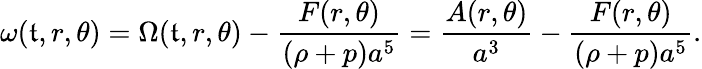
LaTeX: \omega(\mathfrak{t},r,\theta)=\Omega(\mathfrak{t},r,\theta)-\frac{{F(r,\theta)}}{{(\rho+p)a^{5}}}=\frac{{A(r,\theta)}}{{a^{3}}}-\frac{{F(r,\theta)}}{{(\rho+p)a^{5}}}.